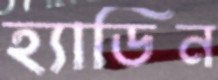
হ্যাডিন